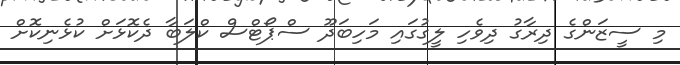
މި ސީޒަންގެ ދިރާގު ދިވެހި ލީގުގައި މަހިބަދޫ ސްޕޯޓްސް ކްލަބާ ދެކޮޅަށް ކުޅެނިކޮށް